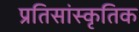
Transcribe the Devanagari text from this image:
प्रतिसांस्कृतिक